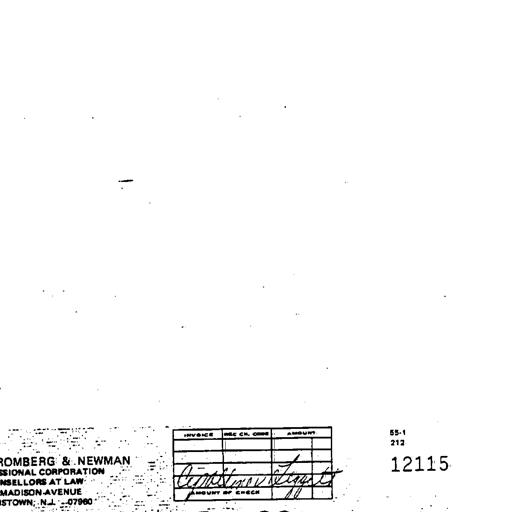
INVOICE REC CH. CODE AMOUNT 55-1
212
Constance Liggett 12115
AMOUNT OF CHECK .00
ROMBERG & NEWMAN
ESSIONAL CORPORATION
NSELLORS AT LAW
MADISON AVENUE
ISTOWN, N.J. 07960